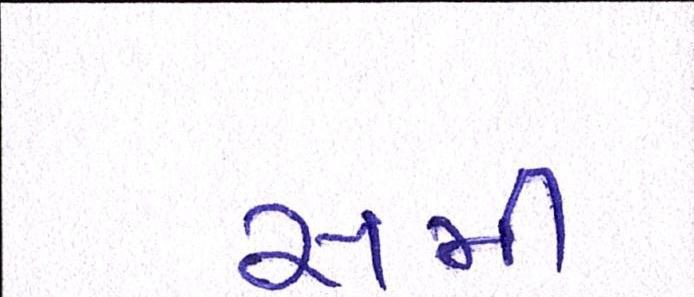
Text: સમી